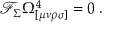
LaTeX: \mathcal { F } _ { \Sigma } \Omega _ { [ \mu \nu \rho \sigma ] } ^ { 4 } = 0 \; .